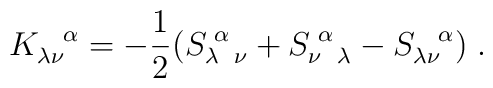
K_{\lambda \nu}^{\hspace{.3 true cm}\alpha} =-\frac{1}{2}(S_{\lambda \hspace{.2 true cm} \nu}^{\hspace{.1 truecm} \alpha} + S_{\nu \hspace{.2 true cm} \lambda}^{\hspace{.1 truecm} \alpha} - S_{\lambda \nu}^{\hspace{.3 true cm} \alpha}) \; .